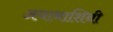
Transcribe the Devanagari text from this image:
अघानाशिनी